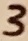
Text: 3